Annual report of the Civil Veterinary Department, Bengal, for the year 1898-99 - 1898-1899
Year: 1898
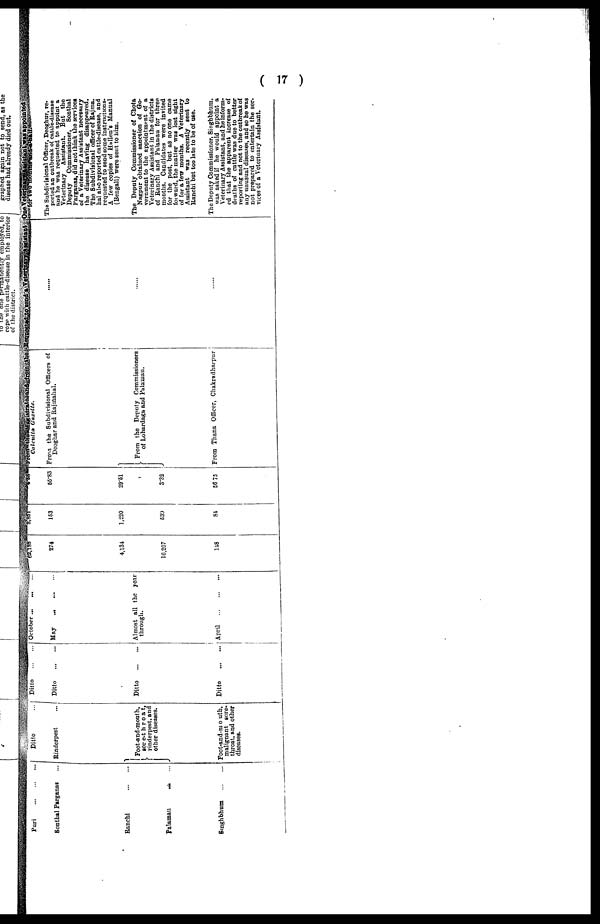
( 17 )
Puri
...
...
...
Sonthal Pargnnas ...
Ranchi
...
...
Palaman ... ...
Singhbhum ... ...
Ditto ..
Rinderpest ...
Foot-and-mouth,
sore-throat,
rinderpest, and
other diseases.
Foot-and-mouth,
malignant sore-
throat, and other
diseases.
Ditto
...
...
Ditto
...
...
Ditto
...
...
Ditto
...
...
October ... ... ...
May
...
...
...
Almost all the year
through.
April
...
...
...
62,188
274
4,131
16,207
148
2,851
153
1,220
539
81
5.58
55.83
29. 51
3 .32
56 75
From the magistrate and from the
Calcutta Gazette.
From the Subdivisional Officers of
Deoghar and Rajmahal.
From the Deputy Commissioners
of Lohardaga and Palamau.
From Thana Officer, Chakradharpur
Requested to send a Veterinary assistant
......
......
......
One Veterinary Assistant was appointed
for two months and a half.
The Subdivisional Officer, Deoghur, re-
ported an outbreak of cattle-diseaae
and he was requested to appoint a
Veterinary Assistant. But the
Deputy
Commissioner, Sonthal
Parganas, did not think the services
of a Veterinary Assistant necessary
the disease having disappeared.
The Subdivisional officer of Rajma.
hal also reported cattle-disease, and
requested to send some instrnetions-
A few copies of Ha lien's Manual
(Bengali) were sent to him.
The Deputy Commissioner of Chota
Nagpur obtained sanction of Go-
vernment to the appointment of a
Veterinary Assistant in the districts
of Ranchi and Palamau for three
months. Candidates were invited
for the post, but as no one came
for ward, the matter was lost sight
of for a few months. A Veterinary
Assistant was recently sent to
Ranchi but too late to be of use.
The Deputy Commissioner, Singhbhum.
was asked if he would appoint a
Veterinary Assistant, and he inform-
ed that the apparent increase of
deaths of cattle was due to better
reporting and not to the outbreak of
any unusual diseases, and so he was
not prepared to entertain the ser-
vices of a Veterinary Assistant.